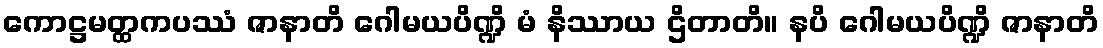
ကောဋ္ဌမတ္ထကပဿံ ဇာနာတိ ဂေါမယပိဏ္ဍိ မံ နိဿာယ ဌိတာတိ။ နပိ ဂေါမယပိဏ္ဍိ ဇာနာတိ